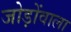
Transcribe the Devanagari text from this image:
जोड़ोंवाला